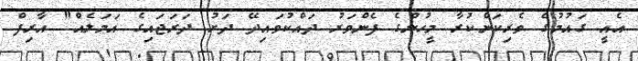
އެއީ ގައުމުގެ ވެރިކަންކުރާ މީހުންގެ ފެންވަރު ދައްކުވައިދޭ ދަށު ދަރަޖައިގެ އަމަލެއް" އާރިފް